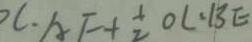
C \cdot A F + \frac { 1 } { 2 } O C \cdot B E